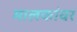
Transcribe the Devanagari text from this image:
मालकांवर